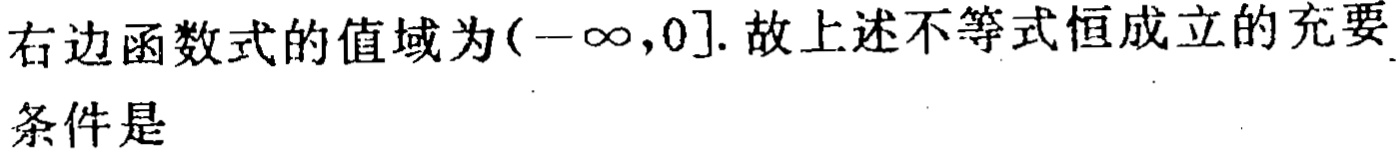
右边函数式的值域为\((-\infty,0]\). 故上述不等式恒成立的充要条件是